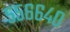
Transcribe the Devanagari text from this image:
५५६६४०